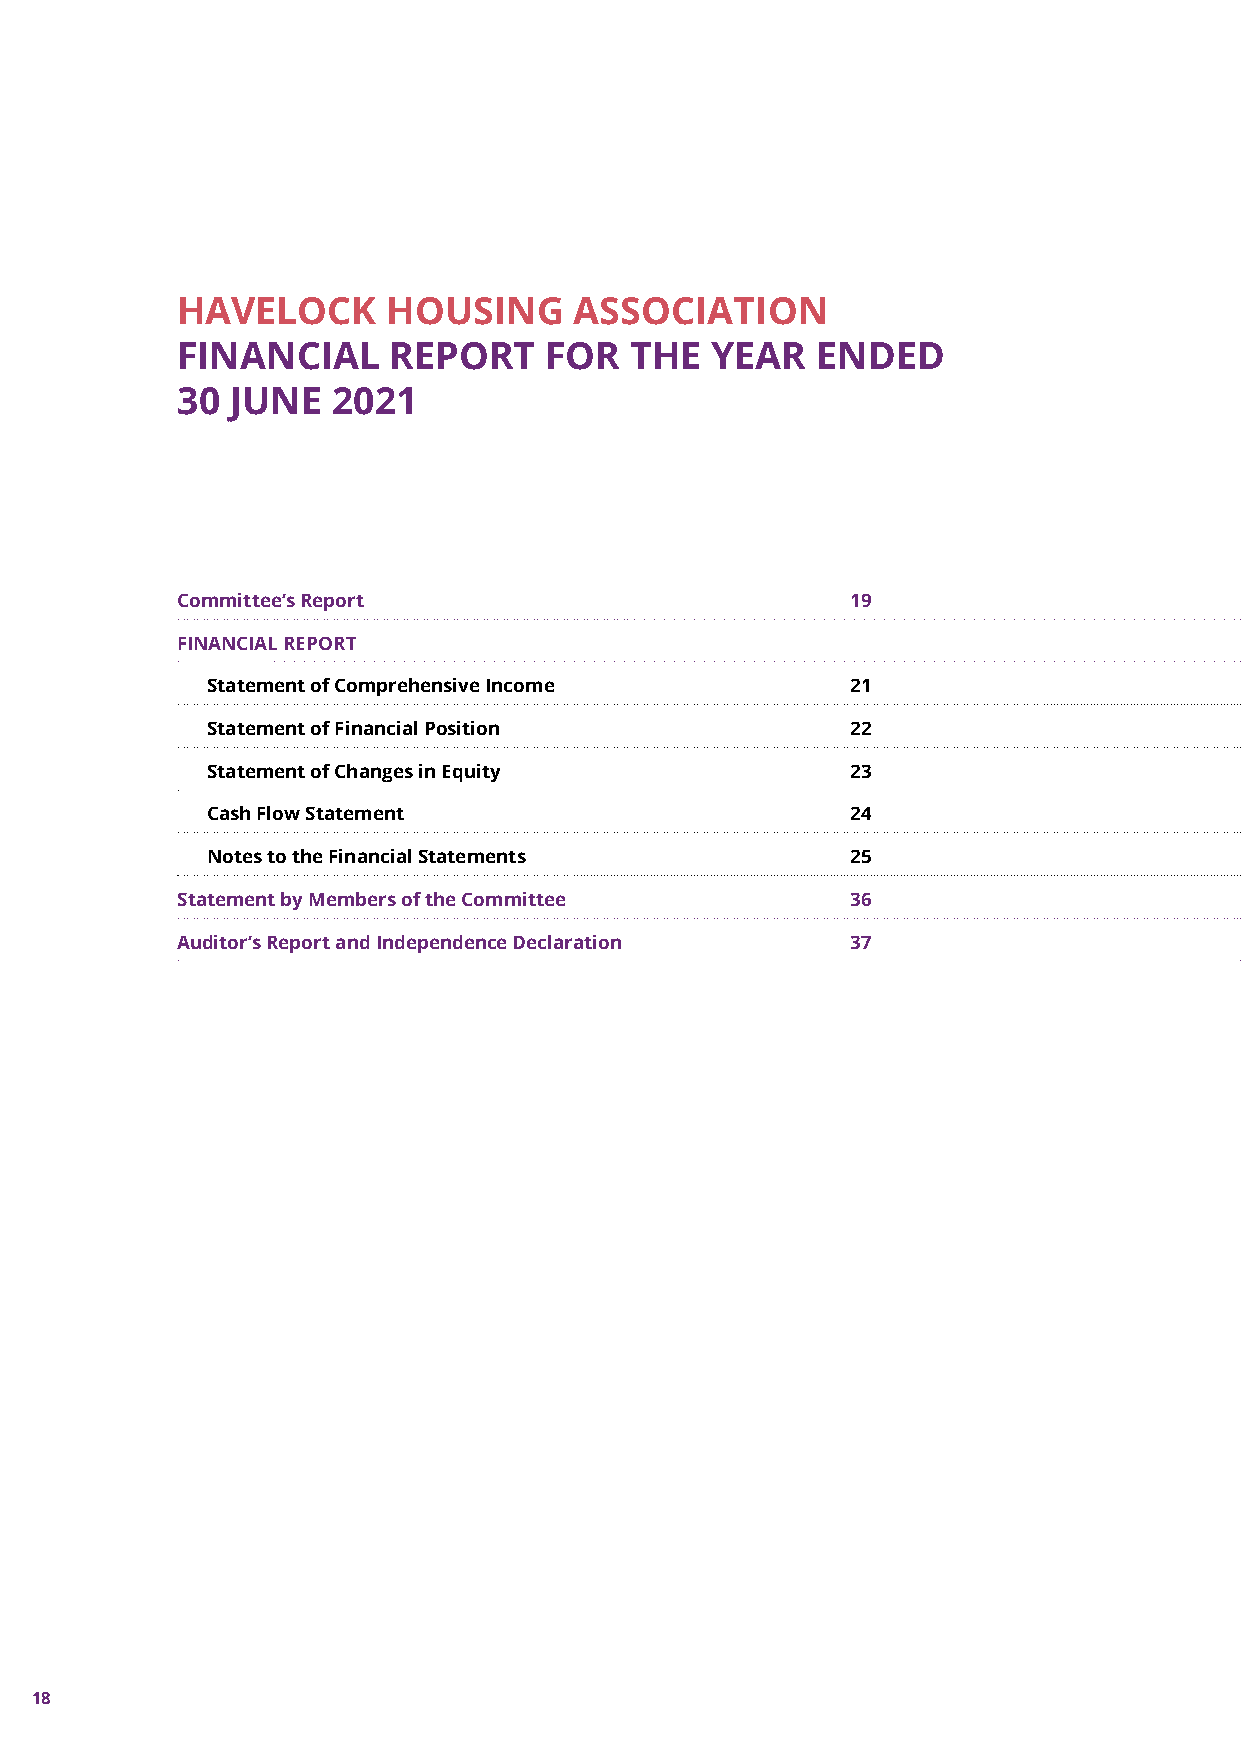
HAVELOCK      HOUSING     ASSOCIATION
 FINANCIAL     REPORT    FOR   THE  YEAR   ENDED
 30 JUNE   2021
 Committee’s Report                          19
 FINANCIAL REPORT
 Statement of Comprehensive Income         21
 Statement of Financial Position           22
 Statement of Changes in Equity            23
 Cash Flow Statement                       24
 Notes to the Financial Statements         25
 Statement by Members of the Committee       36
 Auditor’s Report and Independence Declaration 37
 18